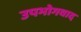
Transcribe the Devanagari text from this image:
उपभोगवाद